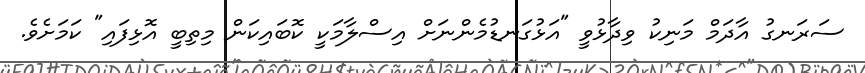
ސަރަނގު އާދަމް މަނިކު ވިދާޅުވީ "އަޅުގަނޑުމެންނަށް އިސްލާމަކީ ކޮބައިކަން މިތިބީ އޮޅިފައި" ކަމަށެވެ.